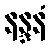
နန္ဒနံ